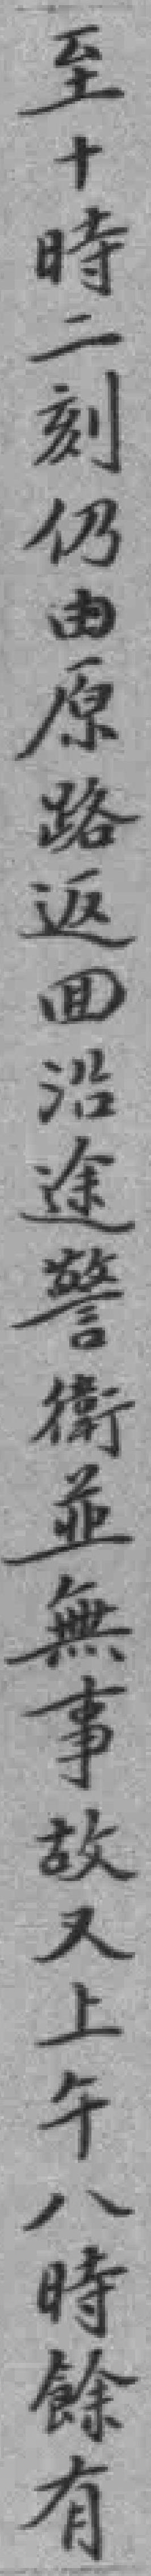
至十時二刻仍由原路返回沿途警衛並無事故又上午八時餘有